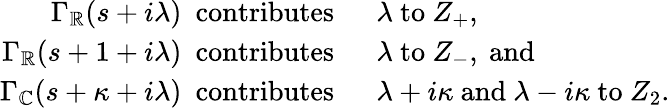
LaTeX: \begin{array}{rl}{\Gamma_{\mathbb R}(s+i\lambda)\ \mathrm{~contributes~}\ }&{\lambda\mathrm{~to~}Z_{+},}\\ {\Gamma_{\mathbb R}(s+1+i\lambda)\ \mathrm{~contributes~}\ }&{\lambda\mathrm{~to~}Z_{-},\mathrm{~and~}}\\ {\Gamma_{\mathbb C}(s+\kappa+i\lambda)\ \mathrm{~contributes~}\ }&{\lambda+i\kappa\mathrm{~and~}\lambda-i\kappa\mathrm{~to~}Z_{2}.}\end{array}